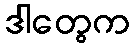
ဒါတွေက